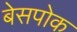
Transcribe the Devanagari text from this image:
बेसपोक